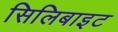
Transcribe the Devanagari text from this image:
सिलिबाइट